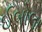
ઈબોલા